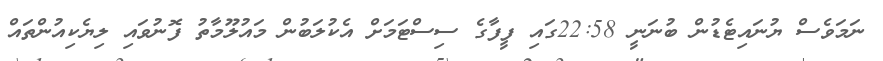
ނަމަވެސް ޔުނައިޓެޑުން ބުނަނީ 22:58ގައި ފީފާގެ ސިސްޓަމަށް އެކުލަބުން މައުލޫމާތު ފޮނުވައި ލިޔެކިއުންތައް